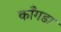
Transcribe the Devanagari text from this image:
काँगडा